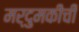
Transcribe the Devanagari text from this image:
मर्दुमकीची